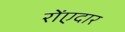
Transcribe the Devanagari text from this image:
रोंएदार